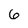
Character: 6